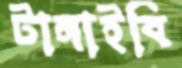
টাঙ্গাইবি